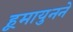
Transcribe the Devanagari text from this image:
हूमायुनने